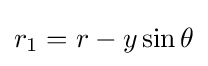
r_{1}=r-y\sin \theta